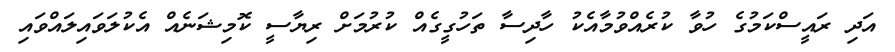
އަދި ރައީސްކަމުގެ ހުވާ ކުރެއްވުމާއެކު ހާދިސާ ތަހުގީގެއް ކުރުމަށް ރިޔާސީ ކޮމިޝަނެއް އެކުލަވައިލައްވައި